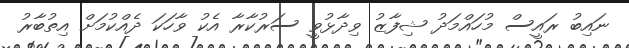
ނައިބު ރައީސް މުހައްމަދު ޝިފާޒު ވިދާޅުވީ ސަރުކާރާ އެކު ވާހަކަ ދެއްކުމަށް އިތުބާރު